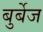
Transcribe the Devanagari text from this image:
बुर्बेज